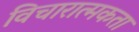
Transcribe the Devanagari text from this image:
विचारात्मकता